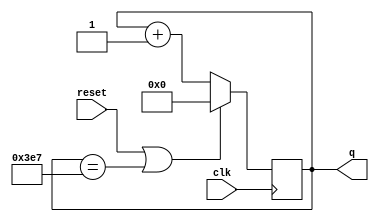
module top_module (
    input clk,
    input reset,
    output [9:0] q);

    always @(posedge clk) begin
        if (reset || q == 999)
            q <= 0;
        else
            q <= q + 1;
    end

endmodule